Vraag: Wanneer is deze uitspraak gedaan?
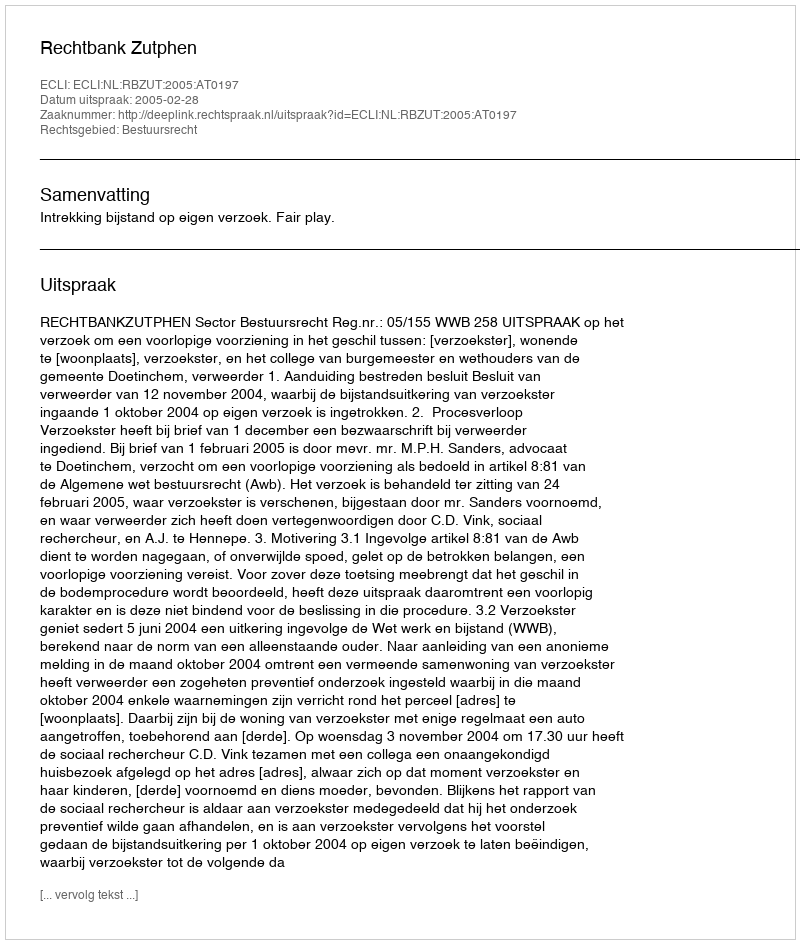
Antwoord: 2005-02-28